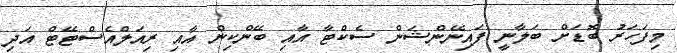
މިފަހަރު ބޮޑަށް ބަލާނީ ފައިނޭންޝަން ސެކްޓާ އާއި ބޭންކިން އާއި ރިއަލްއެސްޓޭޓް އަދި